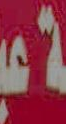
عبد